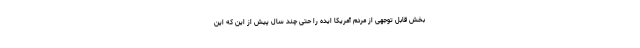
بخش قابل توجهی از مردم آمریکا ایده را حتی چند سال پیش از این که این